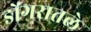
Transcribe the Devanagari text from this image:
डोंगरातले